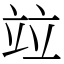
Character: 竝